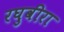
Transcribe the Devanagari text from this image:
रघुवीरा